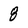
Character: 8